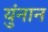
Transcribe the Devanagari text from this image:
युंनान